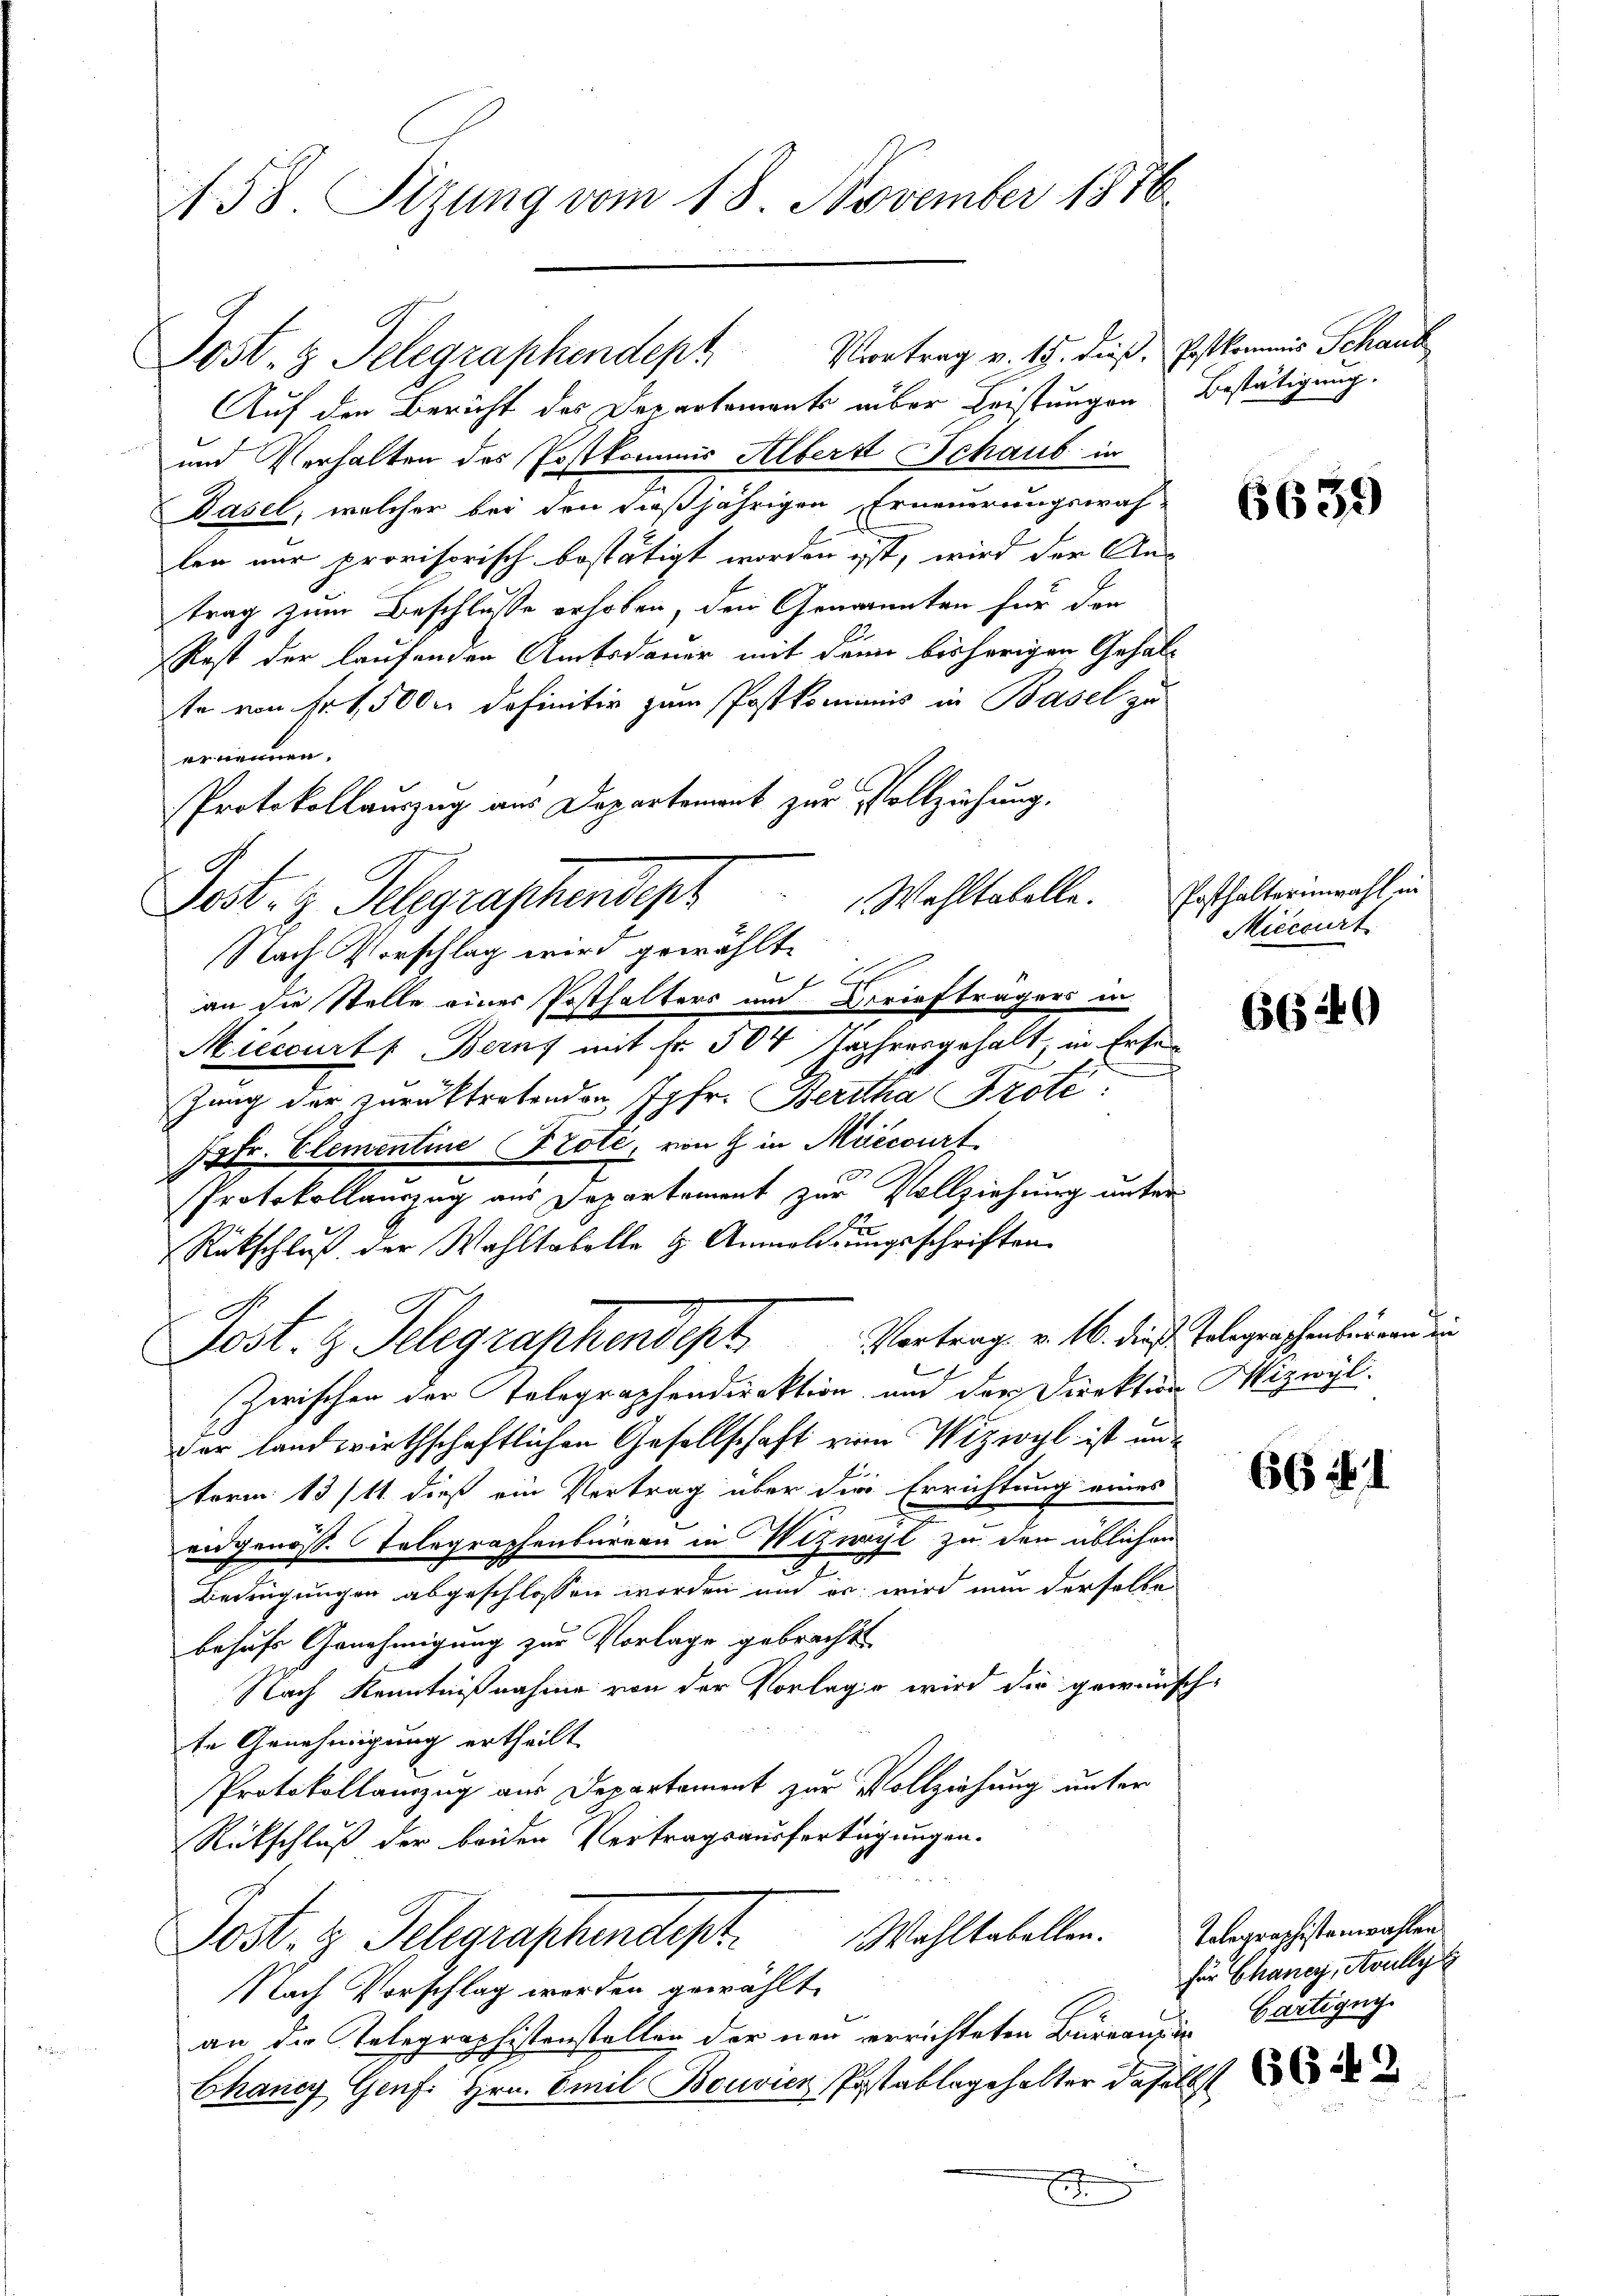
158. Sizung vom 18. November 1876.

Auf den Bericht des Verartements aber Leistungen Bestätigung.
und Verhalten des Postkommis Alberst Schaub in
Dasel, welcher bei den dießjährigen Erneuerungswah-
len nur provisorisch bestätigt worden ist, wird der Antrag zum Beschlusse erhoben, den Genannten für den
Rest der laufenden Amtsdauer mit den bisherigen Gehalte von Fr. 15000 definitiv zum Postkominis in Basel zu
ernennen.
Protokollauszug aus Departement zur Vollziehung.
an die Stelle einer Posthalters und Briefträgers in
Miccourt, Beruf mit fr. 504 Jahresgehalt, in Erben
zung der zurücktretenden Jgfr. Bertha Prote
Jgfr. Elementine Prote, von 9 in Meecourt
Protokollauszug aus Departement zur Vollziehung unter
u
Rückschluß der Wahltabelle & Anmeldungsschriften
Post. Z. Telegraphendept Vortrag v. M. die Belegenschentirend ein
Zwischen der Telegraphendirektion und der Direktion izwyl
der landwirthschaftlichen Gesellschaft von Wizwyl ist und
term 13/11 dieß ein Vertrag über die Errichtung eines
2
en genosse Telegraphenburgau in Wizwyl zu den üblichen
27
Bedingungen abgeschlossen worden und er wird nun derselbe
behufs Genehmigung zur Vorlage gebracht
Nach Kenntnißnahme von der Vorlage wird die gewünschte Genehmigung ertheilt
Protokollanzug aus Departement zur Vollziehung unter
Rückschluß der beiden Vertragsausfertigungen.
Wahltabellen.
Post- & Gelegraphendepr
Nach Vorschlag worden gewählt
an die Telegraphistenstellen der neu errichteten Bureaus in Cartignyi
Chancy Genf. Hrn. Emil Bouvicz, Pestablagehalter daselbst
E

Jost, z. Telegraphendept Vortrag v. 15. dieß: Erstkommnis Schaus

Wohltabelle. Posthalterinwahl in
Post. H. Telegraschendepr
Nach Vorschlag wird gewählte

6639

Micccurt

6640

66 f.

Tolegraphistenwahlen.
für Chancy, Avully